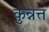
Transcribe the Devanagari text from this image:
कुन्नत्त